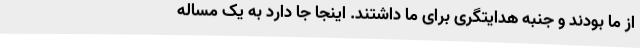
از ما بودند و جنبه هدایتگری برای ما داشتند. اینجا جا دارد به یک مساله